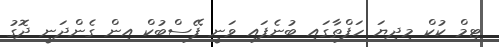
ޓިމް ކުކް މިދިޔަ ހަފްތާގައި ބުނެފައި ވަނީ ފޭސްބުކް އިން ގެންދަނީ ދޮގު